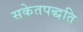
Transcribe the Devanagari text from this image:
सकेतपद्धति